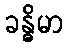
ခန္ဓိမာ